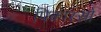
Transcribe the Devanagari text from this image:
पिकास्सो